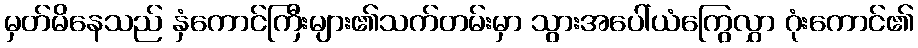
မှတ်မိနေသည် နှံကောင်ကြီးများ၏သက်တမ်းမှာ သွားအပေါ်ယံကြွေလွှာ ဂုံးကောင်၏